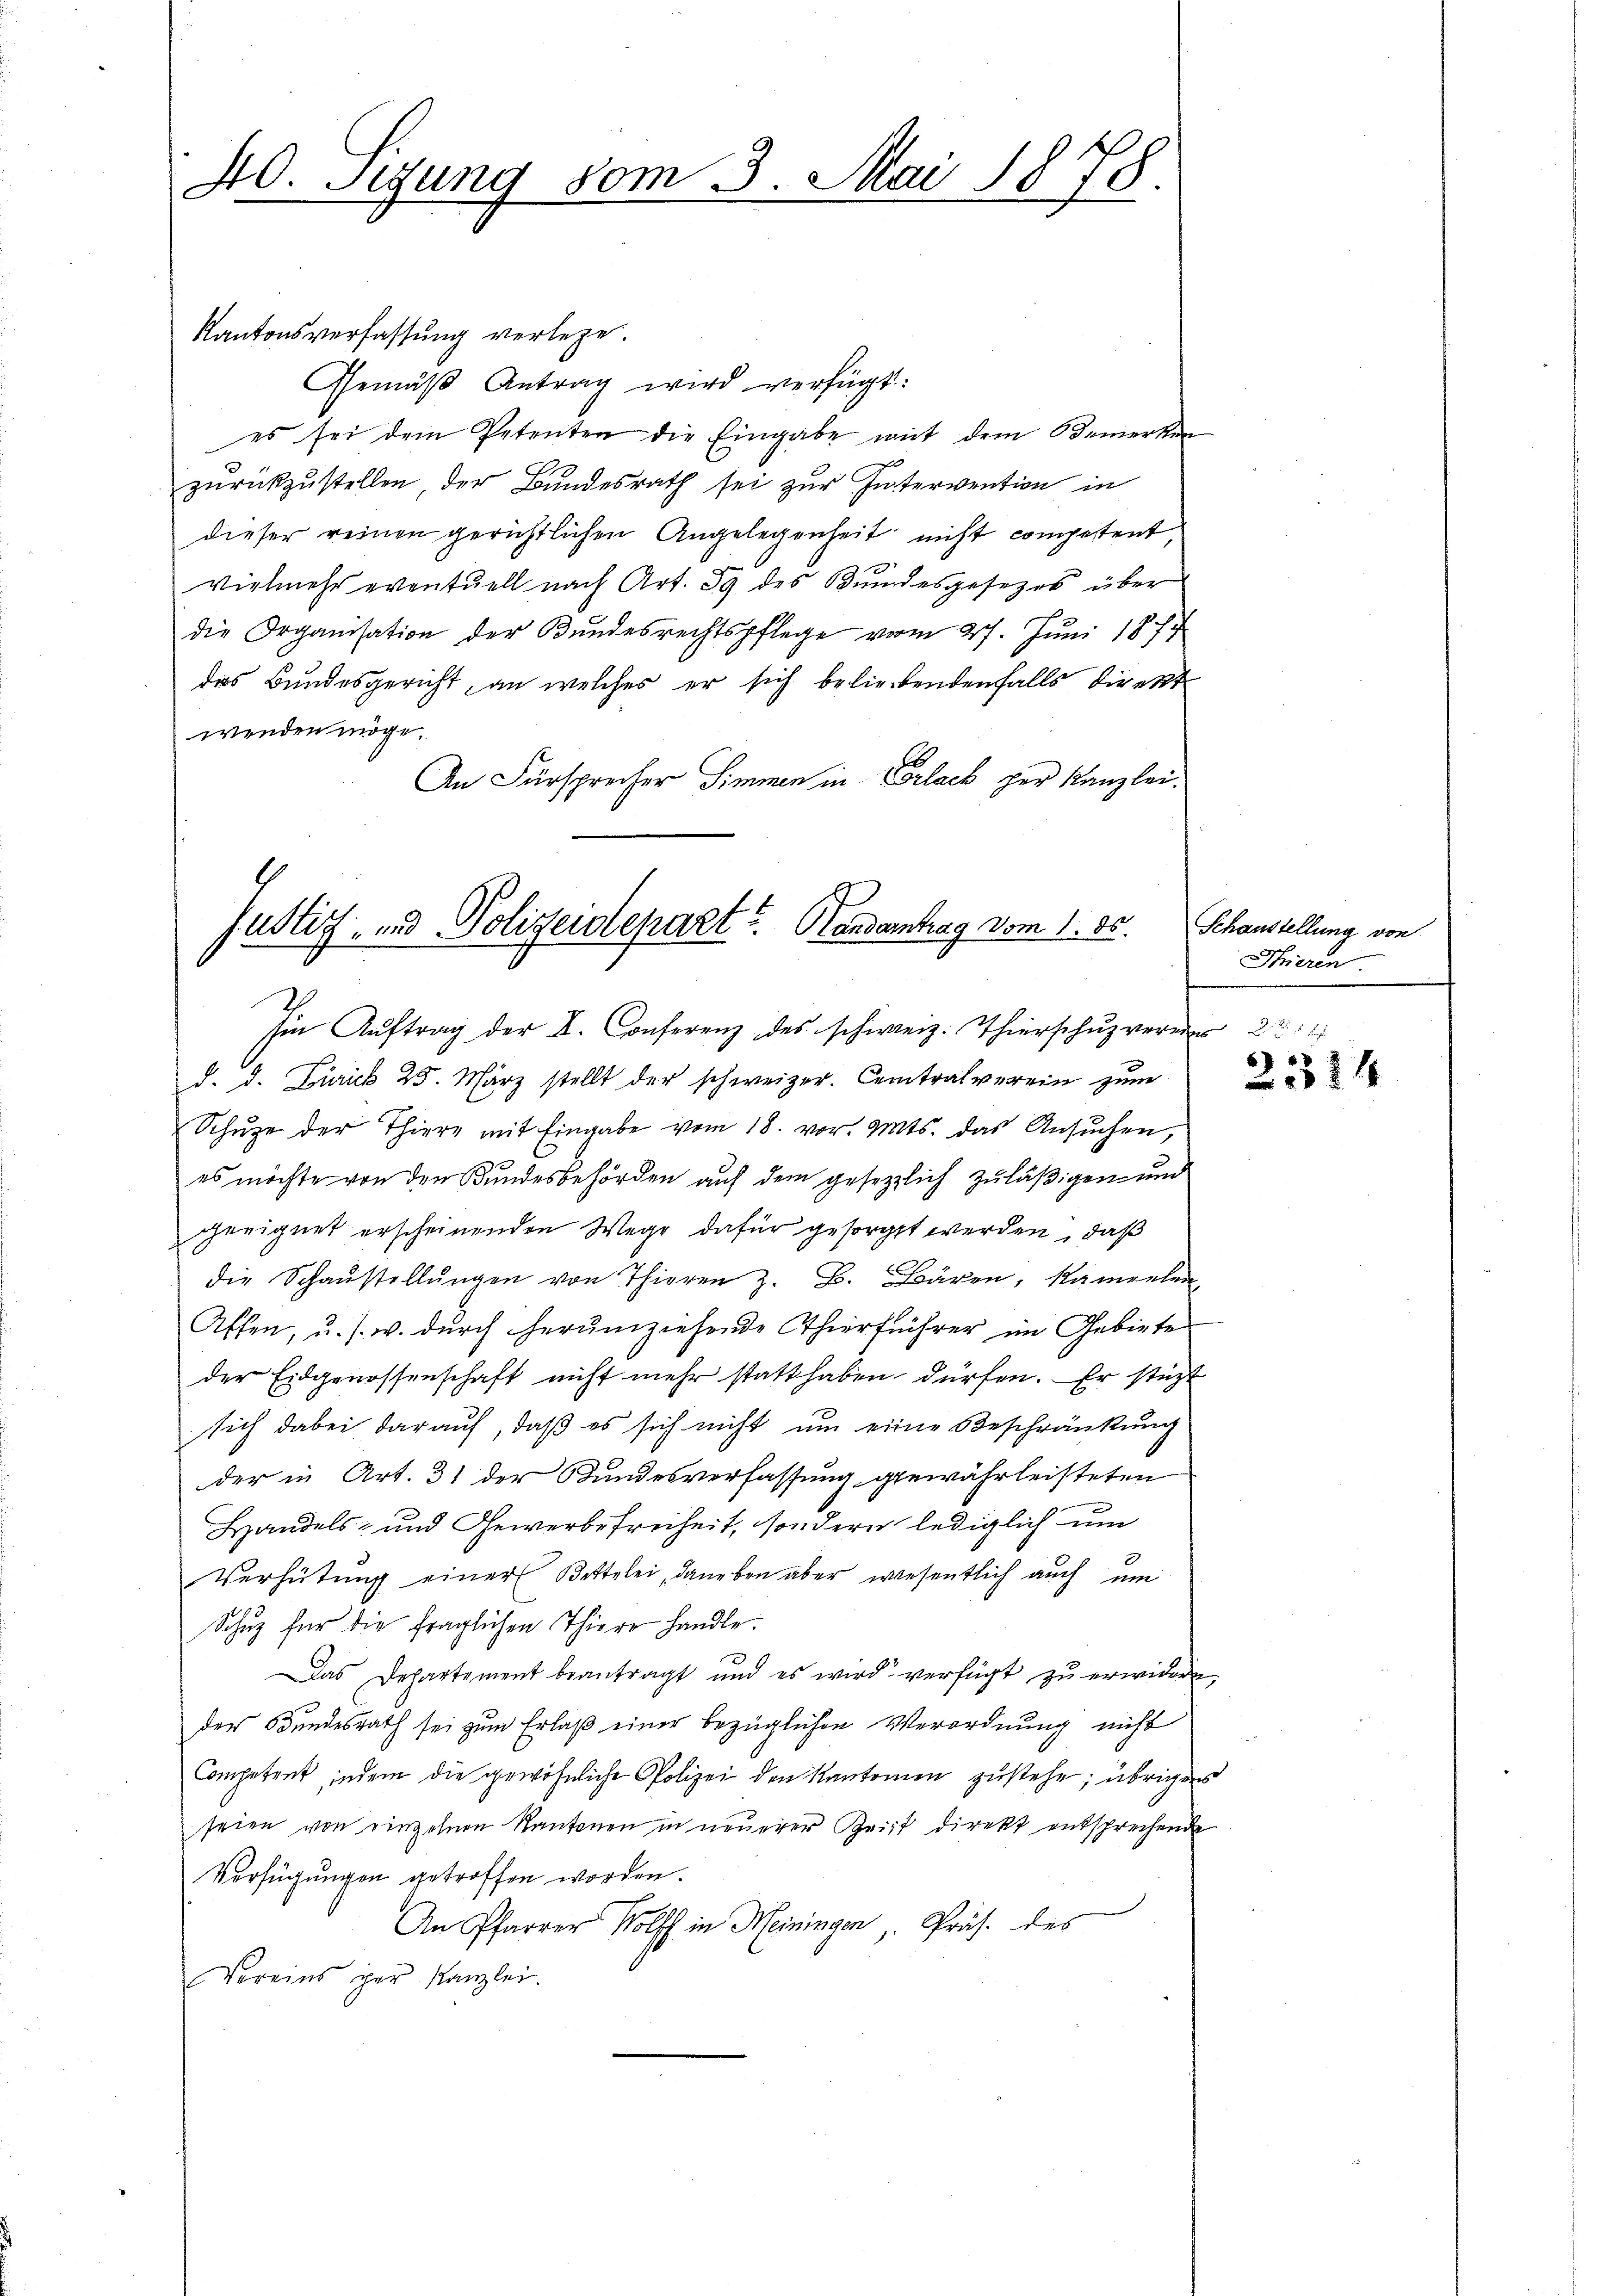
40. Segung vom 3. Mai 1878
f

Kantonsverfassung verlege.
Gemäβ Antrag wird verfügt:
es sei dem Petenten die Eingabe mit dem Bemerken
.
zurückzustellen der Bundesrath sei zur Intervention in
dieser reinen gerichtlichen Angelegenheit nicht competent,
vielmehr eventuell nach Art. 39 des Bundesgesetzes über
die Organisation der Bundesrechtspflege vom 27. Jŭni 1877
das Bundesgericht, an welches er sich beliebendenfalls direkt
wenden möge.
An Fürsprecher Simmen in Erlack per Kanzlei¬

Justiz- und Polizeidepart? Handenhag vom 1. 85.

der Confer es schen Thierscher
d. d. Zürich 25. März stellt der schweizer. Centralverein zum
Schuze der Thiere mit Eingabe vom 18. vor. Mts. das Ansuchen,
es möchte von den Bundesbehörden auf dem gesezlich zuläßigen und
geeignet erscheinenden Wege dafür gesorgt werden, daß
die Schaŭstellŭngen von Thieren z. B. Bären, kameelen-
Affen, u. s. w. durch herumziehende Thierführer im Gebiete
der Eidgenossenschaft nicht mehr statt haben dürfen. Er stüzt
sich dabei darauf, daß es sich nicht um eine Beschränkung
der in Art. 31 der Bundesverfassung gewährleisteten
Handels- und Gewerbefreiheit, sondern lediglich um
Verhütung einer Bettelei, daneben aber wesentlich auch um
Schŭz für die fraglichen Thiere handle.
Das Departement beantragt und es wird verfügt zu erwidern,
der Bundesrath sei zum Erlaß einer bezüglichen Verordnung nicht
Competent, indem die gewöhnliche Polizei den Kantonen zustehe; übrigens
seien von einzelnen Kantonen in neuerer Zeit direkt entsprechende
Verfügungen getroffen worden.
An Pfarrer Wolff in Meiningen , Präs. des
Voreins par Kanzlei.

Schaustellung von
Trieren

2324